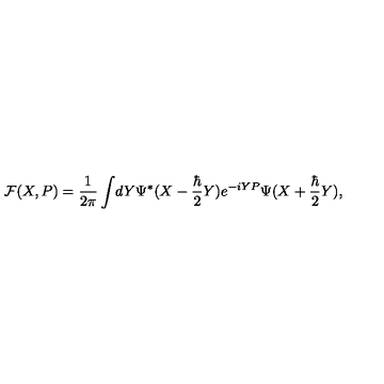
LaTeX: { \cal F } ( X , P ) = { \frac { 1 } { 2 \pi } } \int \! d Y \Psi ^ { * } ( X - { \frac { \hbar } { 2 } } Y ) e ^ { - i Y P } \Psi ( X + { \frac { \hbar } { 2 } } Y ) ,